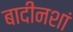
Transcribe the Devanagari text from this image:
बादीनशां